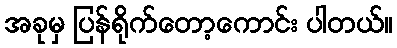
အခုမှ ပြန်ရိုက်တော့ကောင်း ပါတယ်။